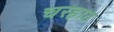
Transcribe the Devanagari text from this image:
चरहाट